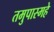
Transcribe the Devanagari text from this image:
तमुपास्महे